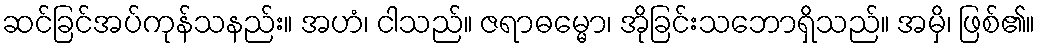
ဆင်ခြင်အပ်ကုန်သနည်း။ အဟံ၊ ငါသည်။ ဇရာဓမ္မော၊ အိုခြင်းသဘောရှိသည်။ အမှိ၊ ဖြစ်၏။